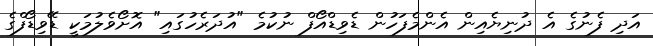
އަދި ފެނުގެ އެ ދުނިޔެއިން އެންމެފަހުން ޑެވިޑްއޯފް ނުކުމެ "އުދަރެހުގައި" އޮށޯވެލުމަކީ ޑޭވިޑޯފްގެ